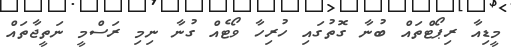
މީޑިއާ ރިޕޯޓްތައް ބުނާ ގޮތުގައި ހުރިހާ ވޯޓެއް ގުނާ ނިމި ރަސްމީ ނަތީޖާތައް